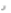
ان